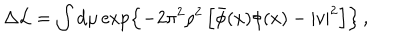
LaTeX: \Delta { \cal L } = \int \mathrm { d } \mu \exp \left\{ - 2 \pi ^ { 2 } \rho ^ { 2 } \left[ \bar { \phi } ( x ) \phi ( x ) - | v | ^ { 2 } \right] \right\} \, ,